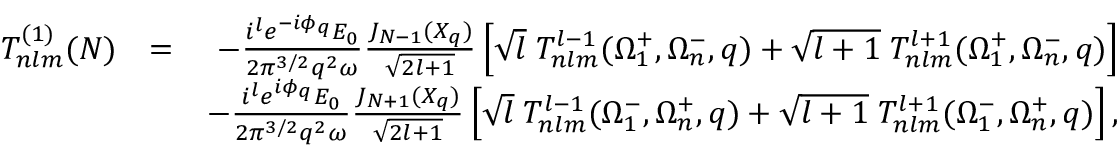
\begin{array} { r l r } { T _ { n l m } ^ { ( 1 ) } ( N ) } & { = } & { - \frac { i ^ { l } e ^ { - i \phi _ { q } } { \cal E } _ { 0 } } { 2 { \pi } ^ { 3 / 2 } q ^ { 2 } \omega } \frac { J _ { N - 1 } ( X _ { q } ) } { \sqrt { 2 l + 1 } } \left[ \sqrt { l } \; { \cal T } _ { n l m } ^ { l - 1 } ( \Omega _ { 1 } ^ { + } , \Omega _ { n } ^ { - } , q ) + \sqrt { l + 1 } \; { \cal T } _ { n l m } ^ { l + 1 } ( \Omega _ { 1 } ^ { + } , \Omega _ { n } ^ { - } , q ) \right] } \\ & { } & { - \frac { i ^ { l } e ^ { i \phi _ { q } } { \cal E } _ { 0 } } { 2 { \pi } ^ { 3 / 2 } q ^ { 2 } \omega } \frac { J _ { N + 1 } ( X _ { q } ) } { \sqrt { 2 l + 1 } } \left[ \sqrt { l } \; { \cal T } _ { n l m } ^ { l - 1 } ( \Omega _ { 1 } ^ { - } , \Omega _ { n } ^ { + } , q ) + \sqrt { l + 1 } \; { \cal T } _ { n l m } ^ { l + 1 } ( \Omega _ { 1 } ^ { - } , \Omega _ { n } ^ { + } , q ) \right] , } \end{array}